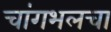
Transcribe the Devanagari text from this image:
चांगभलचा